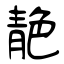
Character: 靘